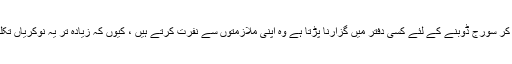
زیادہ تر افراد جنہیں ہفتہ کا ہر دن سورج طلوع ہونے سے لے کر سورج ڈوبنے کے لئے کسی دفتر میں گزارنا پڑتا ہے وہ اپنی ملازمتوں سے نفرت کرتے ہیں ، کیوں کہ زیادہ تر یہ نوکریاں تکلیف دہ ، نیرس ، بورنگ ہوتی ہیں اور تنخواہ بھیانک ہوتی ہے۔